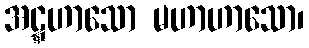
အဋ္ဋဟာသော မဟာဟာသော၊